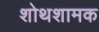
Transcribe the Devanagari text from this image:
शोथशामक